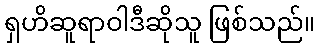
ရှဟိဆူရာဝါဒီဆိုသူ ဖြစ်သည်။